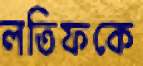
লতিফকে